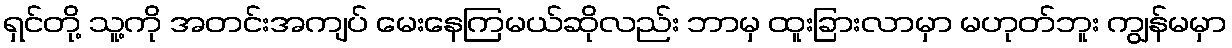
ရှင်တို့ သူ့ကို အတင်းအကျပ် မေးနေကြမယ်ဆိုလည်း ဘာမှ ထူးခြားလာမှာ မဟုတ်ဘူး ကျွန်မမှာ